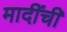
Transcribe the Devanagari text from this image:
मादींची